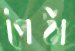
পৈঠা